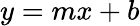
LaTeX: y=mx+b